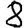
Digit: 8